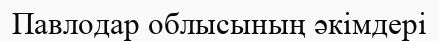
Павлодар облысының әкімдері